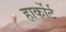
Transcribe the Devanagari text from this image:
हार्कोर्ट